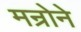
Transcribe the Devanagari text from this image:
मन्रोने